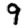
Digit: 9